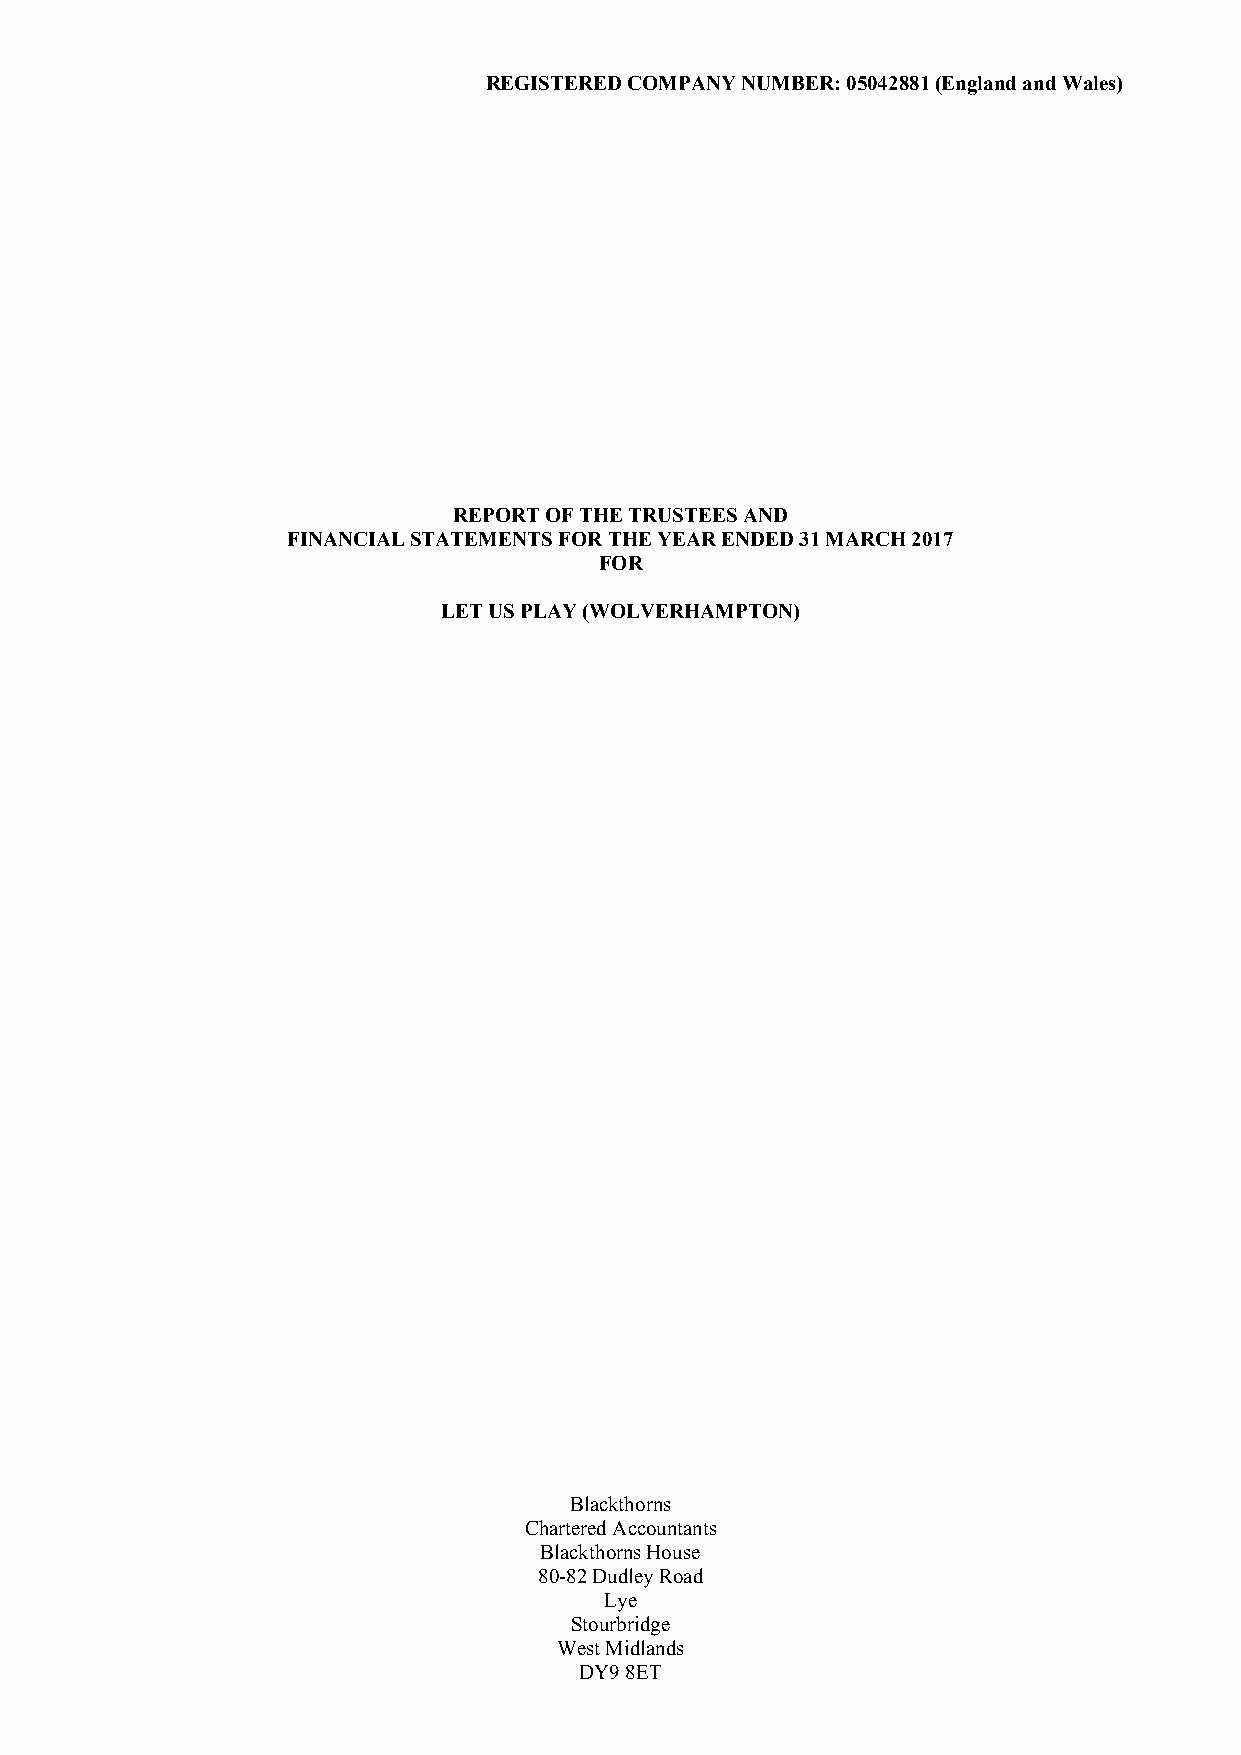
REGISTERED COMPANY NUMBER: 05042881 (England and Wales)
 REPORT OF THE TRUSTEES AND
 FINANCIAL STATEMENTS FOR THE YEAR ENDED 31 MARCH 2017
 FOR
 LET US PLAY (WOLVERHAMPTON)
 Blackthorns
 Chartered Accountants
 Blackthorns House
 80-82 Dudley Road
 Lye
 Stourbridge
 West Midlands
 DY9 8ET